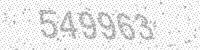
Solution: 549963